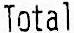
TOTAL